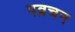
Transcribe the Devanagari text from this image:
पव्रचन